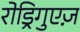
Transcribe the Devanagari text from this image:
रोड्रिगुएज़